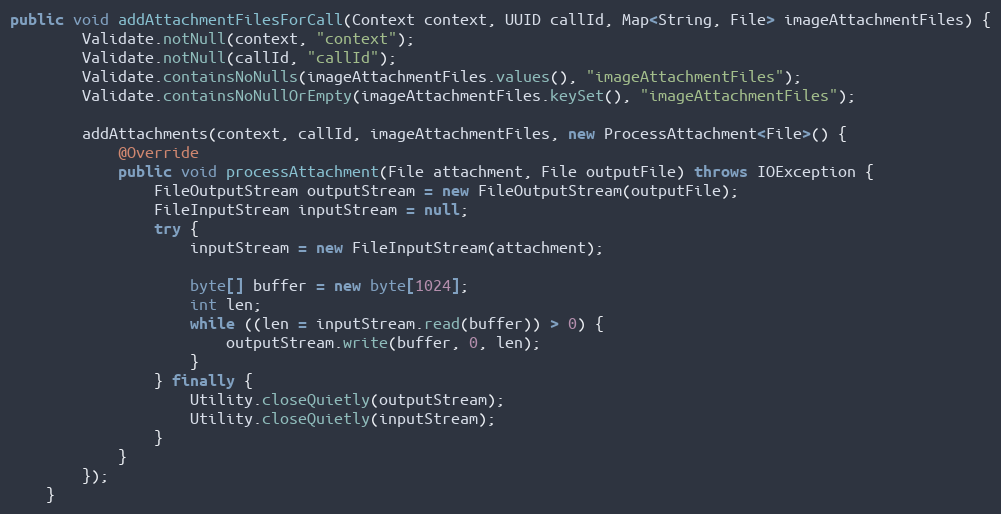
Language: Java
public void addAttachmentFilesForCall(Context context, UUID callId, Map<String, File> imageAttachmentFiles) {
        Validate.notNull(context, "context");
        Validate.notNull(callId, "callId");
        Validate.containsNoNulls(imageAttachmentFiles.values(), "imageAttachmentFiles");
        Validate.containsNoNullOrEmpty(imageAttachmentFiles.keySet(), "imageAttachmentFiles");

        addAttachments(context, callId, imageAttachmentFiles, new ProcessAttachment<File>() {
            @Override
            public void processAttachment(File attachment, File outputFile) throws IOException {
                FileOutputStream outputStream = new FileOutputStream(outputFile);
                FileInputStream inputStream = null;
                try {
                    inputStream = new FileInputStream(attachment);

                    byte[] buffer = new byte[1024];
                    int len;
                    while ((len = inputStream.read(buffer)) > 0) {
                        outputStream.write(buffer, 0, len);
                    }
                } finally {
                    Utility.closeQuietly(outputStream);
                    Utility.closeQuietly(inputStream);
                }
            }
        });
    }